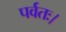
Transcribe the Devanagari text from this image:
पर्वतः।